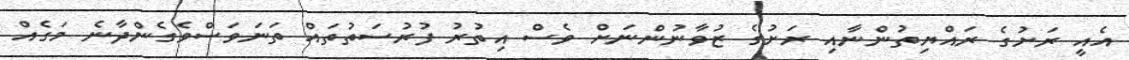
އެއީ ރަށުގެ ރައްޔިތުންނާއި ރަށުގެ ޒުވާނުންނަށް ވެސް އިތުރު ފުރުސަތުތައް ތަނަވަސްވެގެންދާނެ މަގެއް